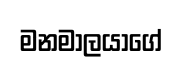
මනමාලයාගේ